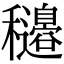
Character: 𥤍